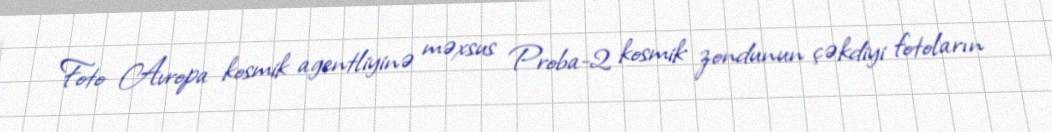
Foto Avropa kosmik agentliyinə məxsus Proba-2 kosmik zondunun çəkdiyi fotoların